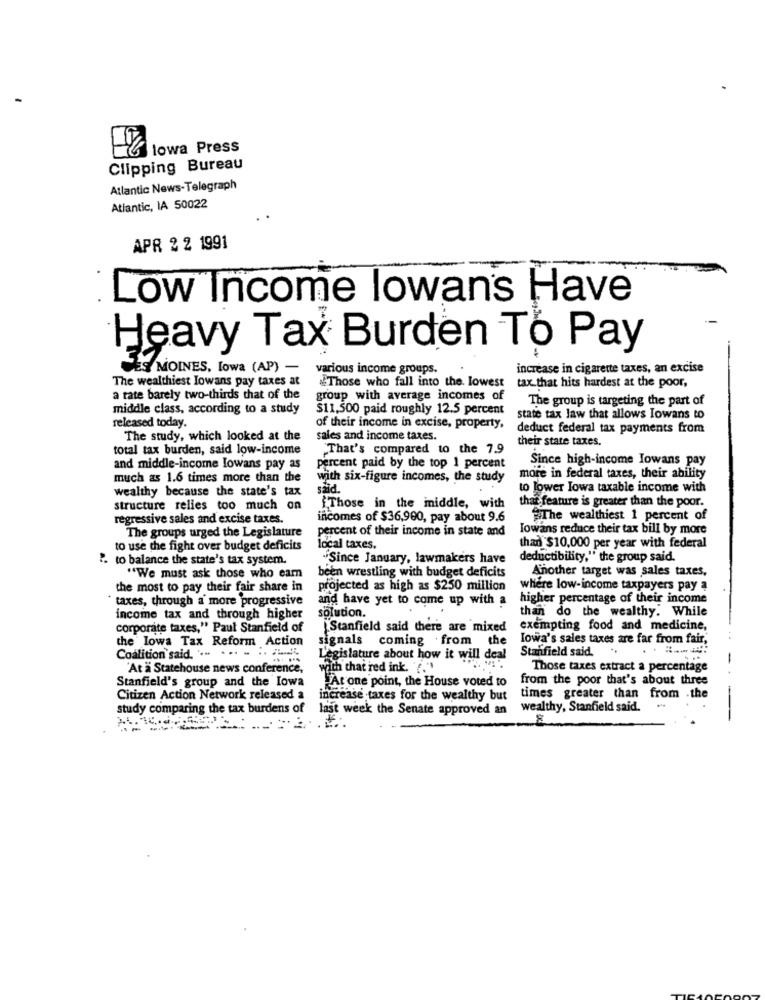
lowa Press
Clipping Bureau
Atlantic News-Telegraph
Atlantic, IA 50022
APR 2 2 1991
Low Income lowans Have
Heavy Tax Burden To Pay
DES MOINES, Iowa (AP) -
various income groups.
increase in cigarette taxes, an excise
The wealthiest Iowans pay taxes at
Those who fall into the lowest
tax that hits hardest at the poor,
a rate barely two-thirds that of the
group with average incomes of
The group is targeting the part of
middle class, according to a study
$11,500 paid roughly 12.5 percent
state tax law that allows Iowans to
released today.
of their income in excise, property,
deduct federal tax payments from
The study, which looked at the
sales and income taxes.
their state taxes.
total tax burden, said low-income
That's compared to the 7.9
Since high-income Iowans pay
and middle-income lowans pay as
percent paid by the top 1 percent
much as 1.6 times more than the
with six-figure incomes, the study
more in federal taxes, their ability
wealthy because the state's tax
said.
to lower Iowa taxable income with
that feature is greater than the poor.
structure relies too much on
{Those in the iniddle, with
regressive sales and excise taxes.
incomes of $36,900, pay about 9.6
The wealthiest 1 percent of
The groups urged the Legislature
percent of their income in state and
lowans reduce their tax bill by more
to use the fight over budget deficits
local taxes.
thad $10,000 per year with federal
". to balance the state's tax system.
"Since January, lawmakers have
deductibility," the group said.
Another target was sales taxes,
"We must ask those who eam
been wrestling with budget deficits
the most to pay their fair share in
projected as high as $250 million
where low-income taxpayers pay a
* taxes, through a' more progressive
and have yet to come up with a
higher percentage of their income
than do the wealthy. While
income tax and through higher
solution.
corporate taxes," Paul Stanfield of
Stanfield said there are mixed
exempting food and medicine,
the lowa Tax Reform Action
signals coming .from the
Iowa's sales taxes are far from fair.
Coalition said. .. . .. . .. ...
Stanfield said.
L'egislature about how it will deal
-
"At a Statehouse news conference,
with that red ink. "
Those taxes extract a percentage
Stanfield's group and the Iowa
At one point, the House voted to
from the poor that's about three
Citizen Action Network released a
increase taxes for the wealthy but
times greater than from -the
study comparing the tax burdens of
last week the Senate approved an
wealthy, Stanfield said.
-